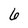
Character: 6